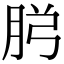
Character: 𮌏